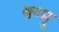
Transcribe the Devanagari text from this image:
क्य्म्रू